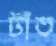
টাঁত